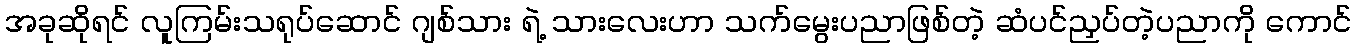
အခုဆိုရင် လူကြမ်းသရုပ်ဆောင် ဂျစ်သား ရဲ့ သားလေးဟာ သက်မွေးပညာဖြစ်တဲ့ ဆံပင်ညှပ်တဲ့ပညာကို ကောင်